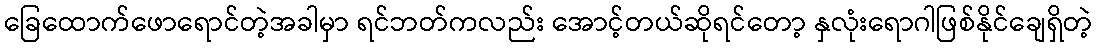
ခြေထောက်ဖောရောင်တဲ့အခါမှာ ရင်ဘတ်ကလည်း အောင့်တယ်ဆိုရင်တော့ နှလုံးရောဂါဖြစ်နိုင်ချေရှိတဲ့